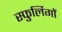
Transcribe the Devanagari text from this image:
स्फुर्लिगों